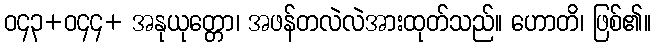
ဝ၄၃+ဝ၄၄+ အနုယုတ္တော၊ အဖန်တလဲလဲအားထုတ်သည်။ ဟောတိ၊ ဖြစ်၏။